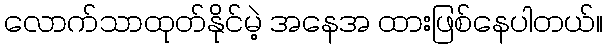
လောက်သာထုတ်နိုင်မဲ့ အနေအ ထားဖြစ်နေပါတယ်။